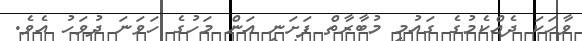
ވާހަކަ ދެއްކެމުގެ ގައުމީ މުބާރާތް ފަށަނީ އަން މަހުގެ ހަވަނަ ދުވަހު އެވެ.